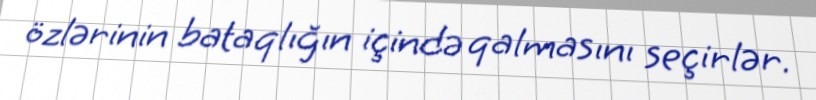
özlərinin bataqlığın içində qalmasını seçirlər.